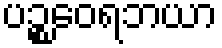
ပဉ္စဝေရဘယာ